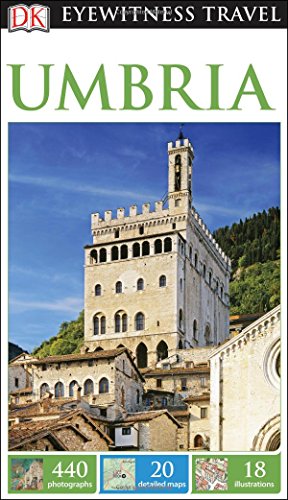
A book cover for DK Eyewitness Travel Guide: Umbria; DK Publishing; Travel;